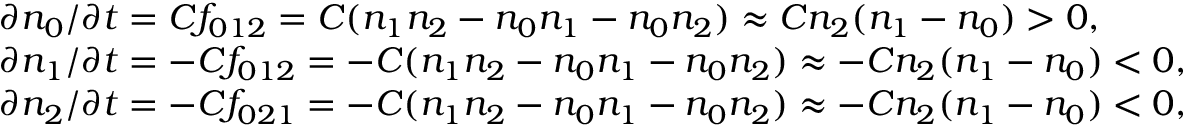
\begin{array} { r l } & { \partial n _ { 0 } / \partial t = C f _ { 0 1 2 } = C ( n _ { 1 } n _ { 2 } - n _ { 0 } n _ { 1 } - n _ { 0 } n _ { 2 } ) \approx C n _ { 2 } ( n _ { 1 } - n _ { 0 } ) > 0 , } \\ & { \partial n _ { 1 } / \partial t = - C f _ { 0 1 2 } = - C ( n _ { 1 } n _ { 2 } - n _ { 0 } n _ { 1 } - n _ { 0 } n _ { 2 } ) \approx - C n _ { 2 } ( n _ { 1 } - n _ { 0 } ) < 0 , } \\ & { \partial n _ { 2 } / \partial t = - C f _ { 0 2 1 } = - C ( n _ { 1 } n _ { 2 } - n _ { 0 } n _ { 1 } - n _ { 0 } n _ { 2 } ) \approx - C n _ { 2 } ( n _ { 1 } - n _ { 0 } ) < 0 , } \end{array}